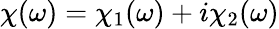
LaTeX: \chi(\omega)=\chi_{1}(\omega)+i\chi_{2}(\omega)